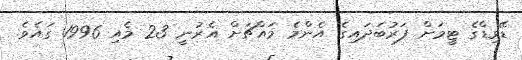
ޑޭވިޑްގެ ޓީމަށް ފަރުބަދައިގެ އެންމެ މައްޗަށް އެރުނީ 23 މެއި 1996 ގައެވެ.